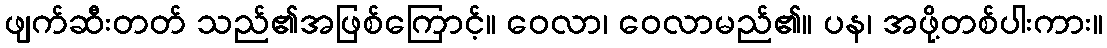
ဖျက်ဆီးတတ် သည်၏အဖြစ်ကြောင့်။ ဝေလာ၊ ဝေလာမည်၏။ ပန၊ အဖို့တစ်ပါးကား။